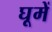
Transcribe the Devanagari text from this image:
घूमें